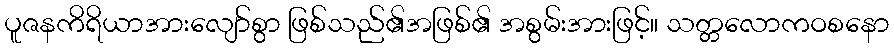
ပူဇနကိရိယာအားလျော်စွာ ဖြစ်သည်၏အဖြစ်၏ အစွမ်းအားဖြင့်။ သတ္တလောကဝစနော